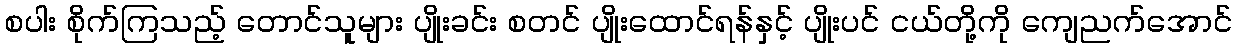
စပါး စိုက်ကြသည့် တောင်သူများ ပျိုးခင်း စတင် ပျိုးထောင်ရန်နှင့် ပျိုးပင် ငယ်တို့ကို ကျေညက်အောင်